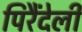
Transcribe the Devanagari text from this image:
पिरैंदेली